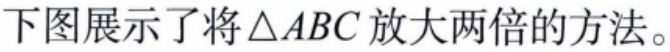
下图展示了将\(\triangle ABC\)放大两倍的方法。